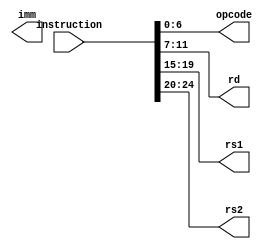
module Decoder (
    input [31:0] instruction,
    output [6:0] opcode,
    output [4:0] rd,
    output [4:0] rs1,
    output [4:0] rs2,
    output [31:0] imm
);

assign opcode = instruction[6:0];
assign rd = instruction[11:7];
assign rs1 = instruction[19:15];
assign rs2 = instruction[24:20];

endmodule